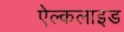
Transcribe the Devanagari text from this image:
ऐल्कलाइड